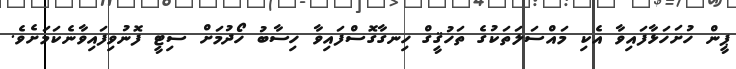
ޕީން ހުށަހަޅާފައިވާ އެކި މައްސަލަތަކުގެ ތަހުޤީގް ހިނގާގޮސްފައިވާ ހިސާބު ހޯދުމަށް ސިޓީ ފޮނުވިފައިވާނެކަމަށެވެ.